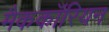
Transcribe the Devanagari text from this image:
मैककॉरियन